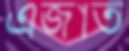
এজাত